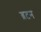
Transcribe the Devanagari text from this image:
ब्रटन